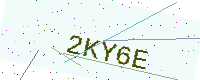
Text: 2KY6E